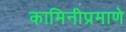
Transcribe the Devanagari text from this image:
कामिनीप्रमाणे